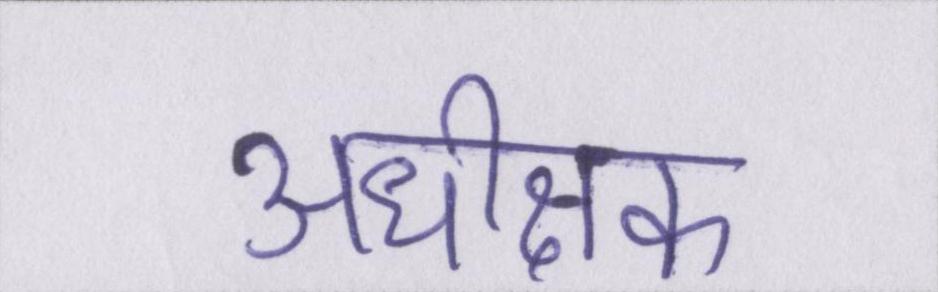
अधीक्षक